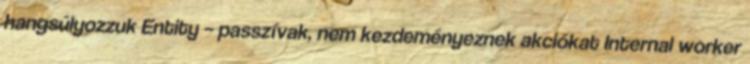
hangsúlyozzuk Entity – passzívak, nem kezdeményeznek akciókat Internal worker